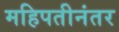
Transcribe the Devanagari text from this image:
महिपतीनंतर